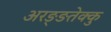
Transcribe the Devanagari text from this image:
अरङ्ङतेक्कु